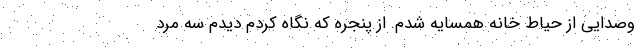
وصدایی از حیاط خانه همسایه شدم. از پنجره که نگاه کردم دیدم سه مرد